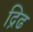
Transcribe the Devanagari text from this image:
द्रिढ